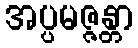
အပ္ပမဇ္ဇန္တာ